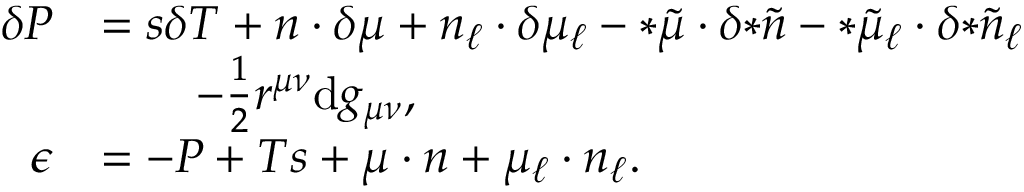
\begin{array} { r l } { \delta P } & { = s \delta T + n \cdot \delta \mu + n _ { \ell } \cdot \delta \mu _ { \ell } - { * \tilde { \mu } } \cdot \delta { * \tilde { n } } - { * \tilde { \mu } _ { \ell } } \cdot \delta { * \tilde { n } _ { \ell } } } \\ & { \qquad - \frac { 1 } { 2 } r ^ { \mu \nu } \mathrm { d } g _ { \mu \nu } , } \\ { \epsilon } & { = - P + T s + \mu \cdot n + \mu _ { \ell } \cdot n _ { \ell } . } \end{array}